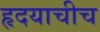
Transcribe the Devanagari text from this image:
हृदयाचीच